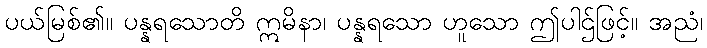
ပယ်မြစ်၏။ ပန္နရသောတိ ဣမိနာ၊ ပန္နရသော ဟူသော ဤပါဌ်ဖြင့်။ အညံ၊